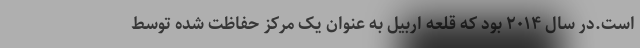
است.در سال ۲۰۱۴ بود که قلعه اربیل به عنوان یک مرکز حفاظت شده توسط